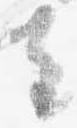
去